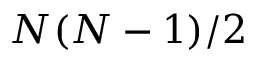
N ( N - 1 ) / 2